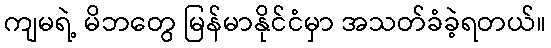
ကျမရဲ့ မိဘတွေ မြန်မာနိုင်ငံမှာ အသတ်ခံခဲ့ရတယ်။